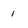
Character: 1